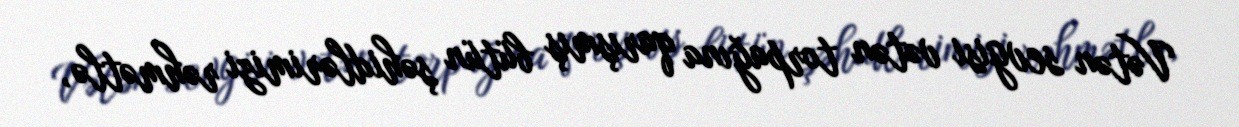
Vətən sevgisi vətən torpağına qarışmış bütün şəhidlərimizi rəhmətlə,